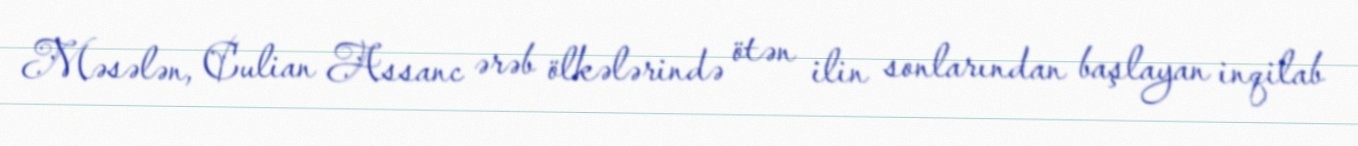
Məsələn, Culian Assanc ərəb ölkələrində ötən ilin sonlarından başlayan inqilab